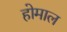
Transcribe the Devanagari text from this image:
होमाल